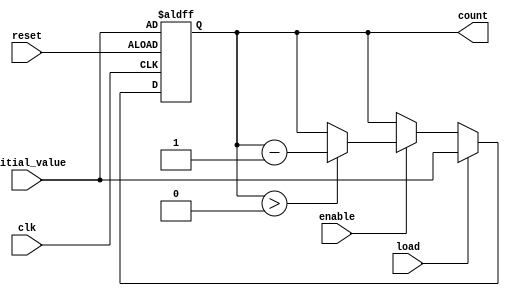
module MemoryBlocksDownCounter #(
    parameter WIDTH = 8 // Bit-width of the counter
)(
    input wire clk,          // Clock signal
    input wire reset,        // Asynchronous reset signal
    input wire enable,       // Enable signal to control counting
    input wire load,         // Load signal to load a new initial value
    input wire [WIDTH-1:0] initial_value, // Initial value to load
    output reg [WIDTH-1:0] count // Current count value
);

    // Asynchronous reset and load logic
    always @(posedge clk or posedge reset) begin
        if (reset) begin
            count <= initial_value; // Reset to initial value
        end else if (load) begin
            count <= initial_value; // Load new initial value
        end else if (enable) begin
            if (count > 0) begin
                count <= count - 1; // Decrement count
            end
        end
    end

endmodule